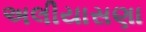
અલીયાસણા